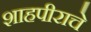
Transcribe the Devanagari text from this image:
शाहपीराचे